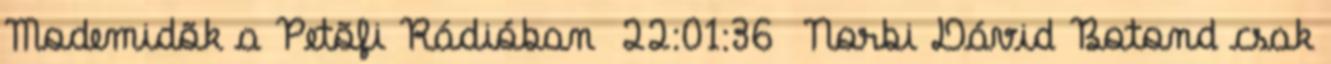
Modemidõk a Petõfi Rádióban 22:01:36 Norbi Dávid Botond csak